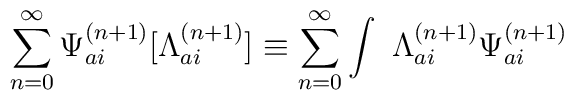
\sum_{n=0}^{\infty }{\Psi}^{(n+1)}_{ai}[{\Lambda}_{ai}^{(n+1)}] \equiv \sum_{n=0}^{\infty }\int \ {\Lambda}_{ai}^{(n+1)}{\Psi}^{(n+1)}_{ai}